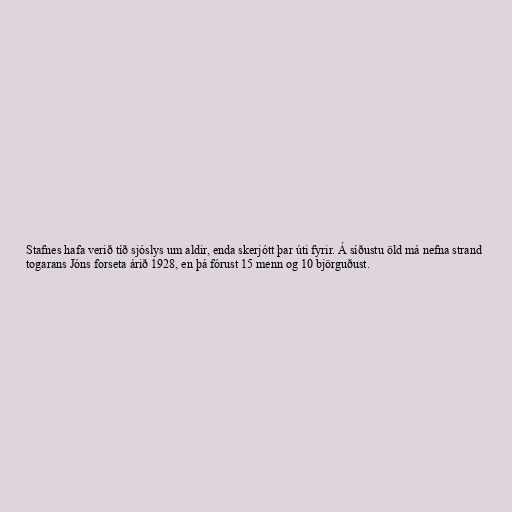
Stafnes hafa verið tíð sjóslys um aldir, enda skerjótt þar úti fyrir. Á síðustu öld má nefna strand
togarans Jóns forseta árið 1928, en þá fórust 15 menn og 10 björguðust.